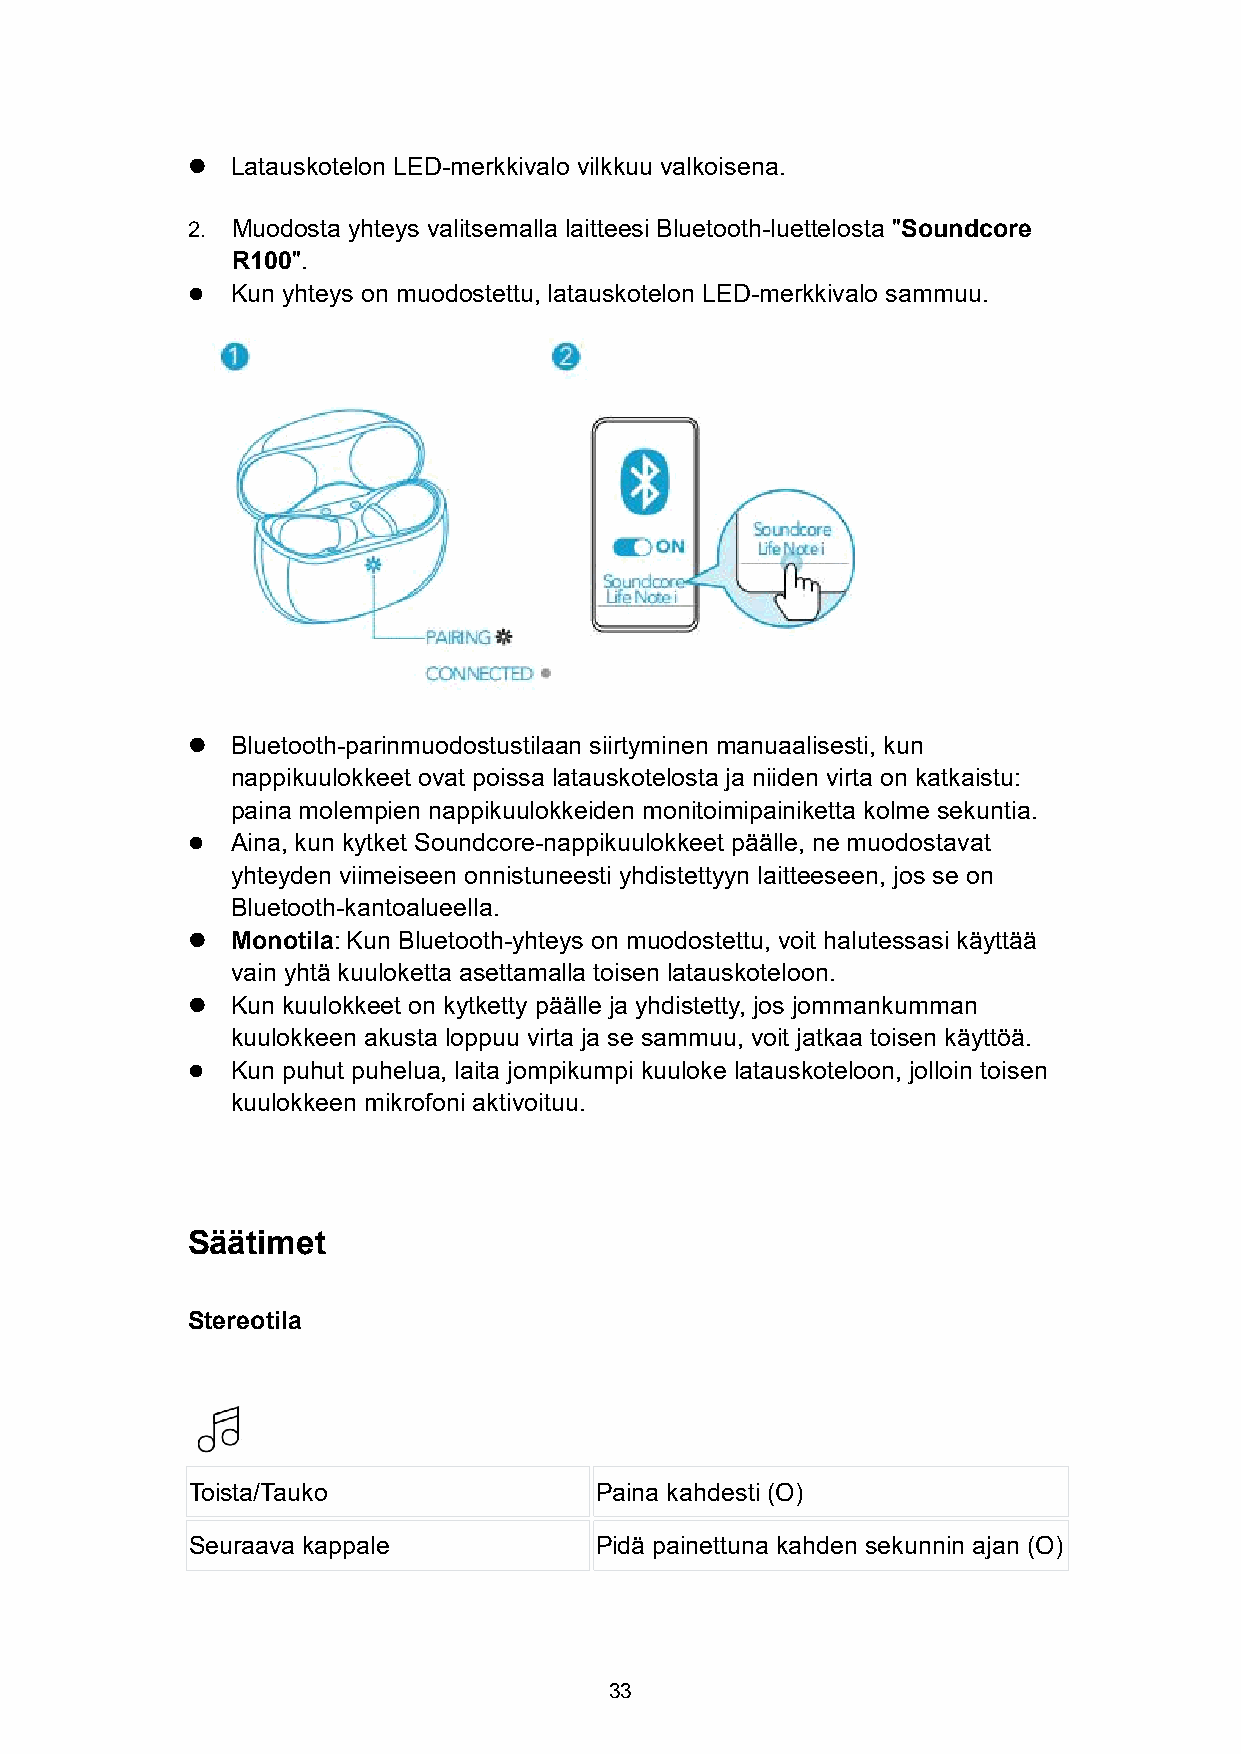
  Latauskotelon LED-merkkivalo vilkkuu valkoisena.
 2. Muodosta yhteys valitsemalla laitteesi Bluetooth-luettelosta "Soundcore
 R100".
   Kun yhteys on muodostettu, latauskotelon LED-merkkivalo sammuu.
   Bluetooth-parinmuodostustilaan siirtyminen manuaalisesti, kun
 nappikuulokkeet ovat poissa latauskotelosta ja niiden virta on katkaistu:
 paina molempien nappikuulokkeiden monitoimipainiketta kolme sekuntia.
   Aina, kun kytket Soundcore-nappikuulokkeet päälle, ne muodostavat
 yhteyden viimeiseen onnistuneesti yhdistettyyn laitteeseen, jos se on
 Bluetooth-kantoalueella.
   Monotila:Kun Bluetooth-yhteys on muodostettu, voit halutessasi käyttää
 vain yhtä kuuloketta asettamalla toisen latauskoteloon.
   Kun kuulokkeet on kytketty päälle ja yhdistetty, jos jommankumman
 kuulokkeen akusta loppuu virta ja se sammuu, voit jatkaa toisen käyttöä.
   Kun puhut puhelua, laita jompikumpi kuuloke latauskoteloon, jolloin toisen
 kuulokkeen mikrofoni aktivoituu.
 Säätimet
 Stereotila
 Toista/Tauko               Paina kahdesti (O)
 Seuraava kappale           Pidä painettuna kahden sekunnin ajan (O)
 33